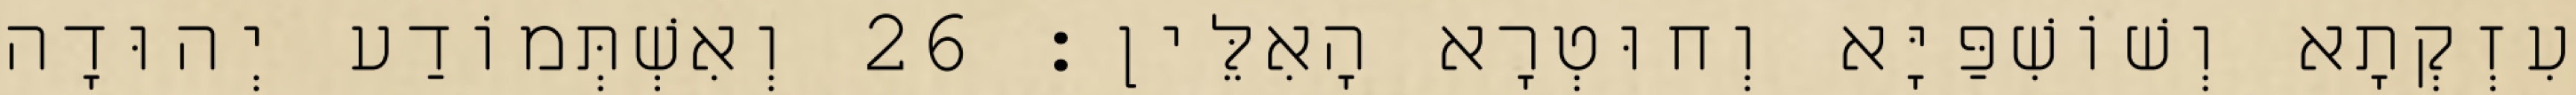
עִזְקְתָא וְשׁוֹשִׁפַּיָּא וְחוּטְרָא הָאִלֵּין׃ 26 וְאִשְׁתְּמוֹדַע יְהוּדָה